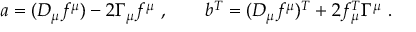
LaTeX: a = ( D _ { \mu } f ^ { \mu } ) - 2 \Gamma _ { \mu } f ^ { \mu } \ , \qquad b ^ { T } = ( D _ { \mu } f ^ { \mu } ) ^ { T } + 2 f _ { \mu } ^ { T } \Gamma ^ { \mu } \ .